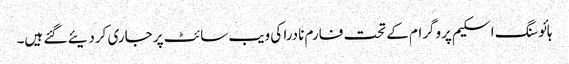
ہائوسنگ اسکیم پروگرام کے تحت فارم نادرا کی ویب سائٹ پر جاری کردیئے گئے ہیں۔